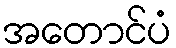
အတောင်ပံ